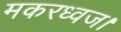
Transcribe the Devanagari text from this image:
मकरध्वज।